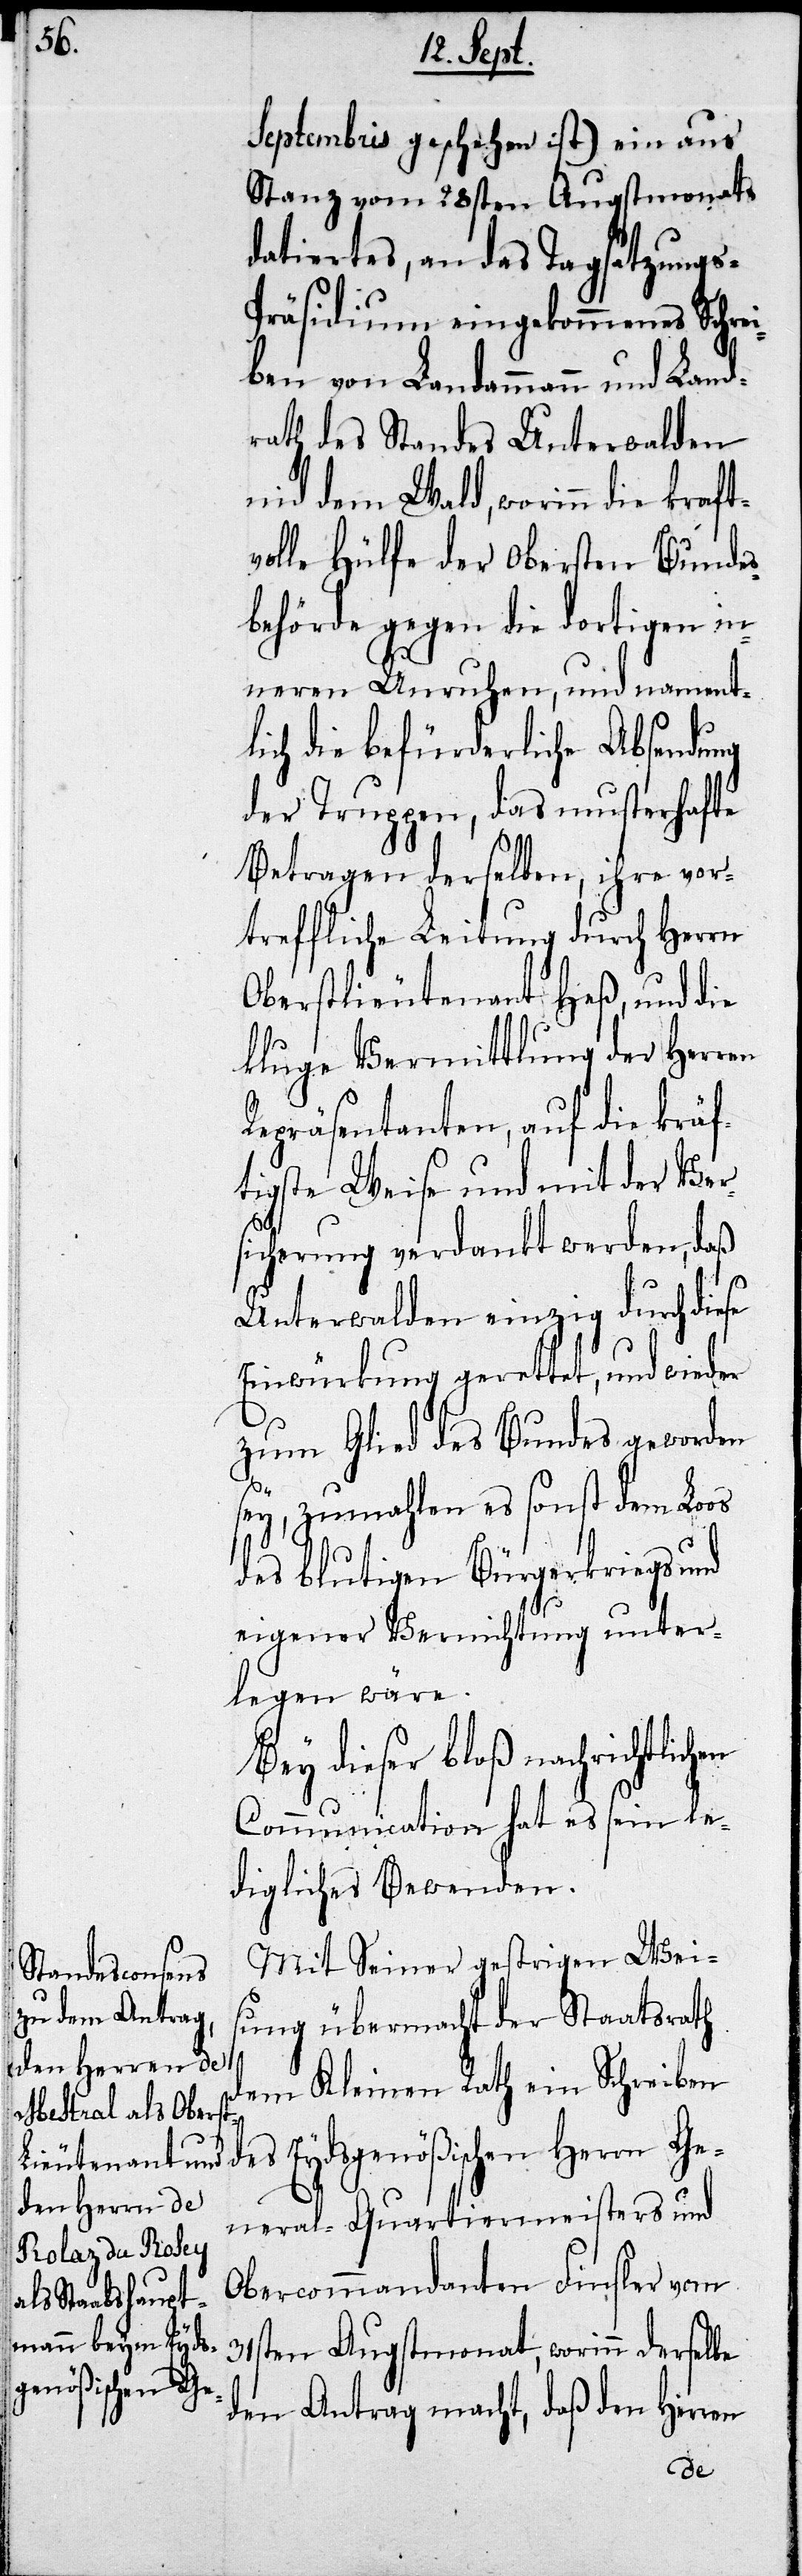
Septembris geschehen ist) ein aus
Stanz vom 28sten Augstmonats
datiertes, an das Tagsatzungs-P¬
räsidium eingekommenes Schre¬
iben von Landammann und Land¬
rath des Standes Unterwalden
nid dem Wald, worinn die kraft¬
volle Hülfe der Obersten Bundes¬
behörde gegen die dortigen in¬
neren Unruhen, und nament¬
lich die befürderliche Absendung
der Truppen, das musterhafte
Betragen derselben, ihre vor¬
treffliche Leitung durch Herrn
Oberstlieutenant Heß, und die
kluge Vermittlung der Herren
Repräsentanten, auf die kräf¬
tigste Weise und mit der Ver¬
sicherung verdankt worden, daß
Unterwalden einzig durch diese
Einwürkung gerettet, und wieder
zum Glied des Bundes worden
sey, zumahlen es sonst dem Loos
des blutigen Bürgerkriegs und
eigener Vernichtung unter¬
legen wäre.
Bey dieser bloß nachrichtlic¬
Communication hat es sein le¬
digliches Bewenden.
Mit seiner gestrigen Weis¬
ung übermacht der Staatrath
dem Kleinen Rath ein Schreiben
des Eydsgenößischen Herrn Ge¬
neral-Quartiermeisters und
Obercommandanten Finsler vom
31sten Augstmonat, worinn derselbe
den Antrag macht, daß den Herren
hen